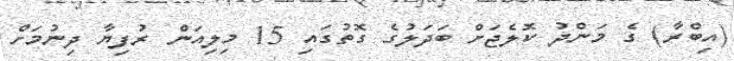
(އިބްރާ) ގެ މަންދު ކޮލެޖަށް ބަދަލުގެ ގޮތުގައި 15 މިލިއަން ރުފިޔާ ދިނުމަށް